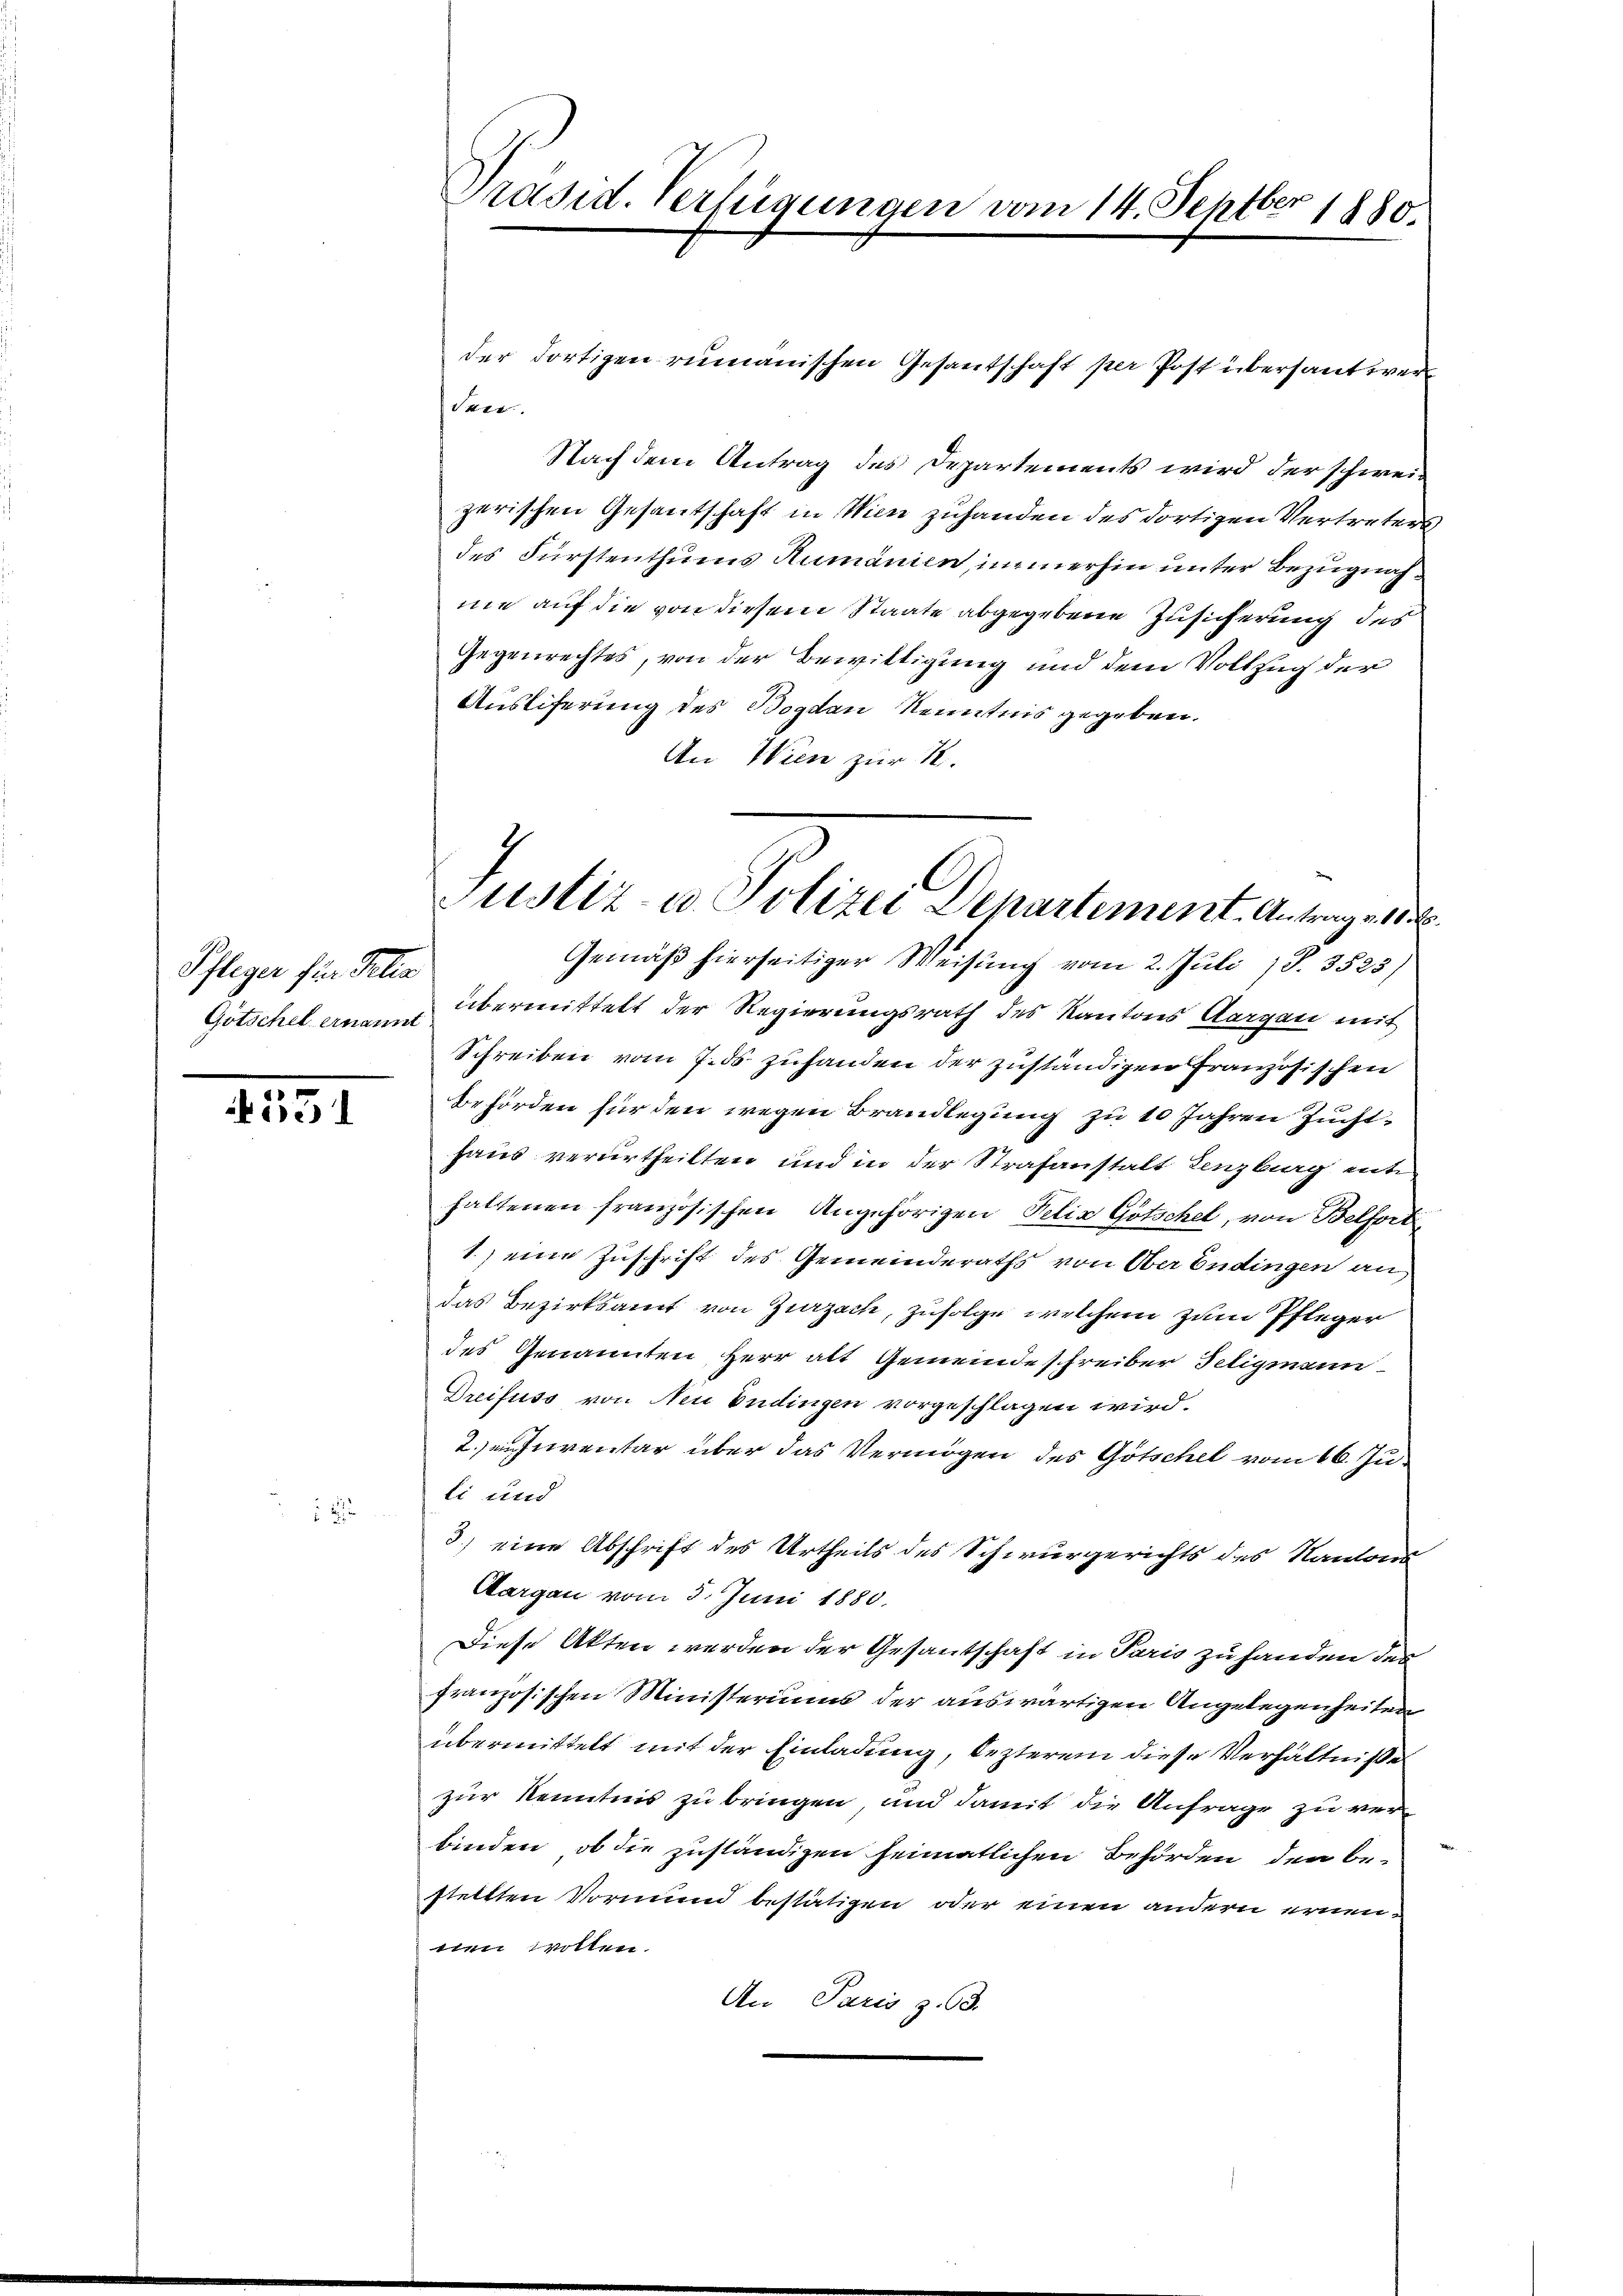
Pfleger für Jelis
Götschel ernannt

151

.

der dortigen rumänischen Gesantschaft per Post übersant wer¬
Seer
Nach dem Antrag des Departements wird der schweizerischen Gesantschaft in Wien zuhanden des dortigen Vertreters
des Fürstenthums Rumänien, immerhin unter Bezugnahme auf die von diesem Staate abgegebene Zusicherung des
Gegenrechtes, von der Bewittigung und dem Vollzug der
Ausliferung des Boden Kenntnis gegeben.
An Wien zur R.
Gemäß hierseitiger Weisung vom 2. Juli 18. 3523)
übermittelt der Regierungsrath des Kantons Aargau mit
Schreiben vom 7. ds zuhanden der zuständigen Französischen
Behörden für den wegen Brandlegung zu 10 Jahren Zuchthaus verurtheilten und in der Strafanstalt Lenzburg ent
hattenen französischen Angehörigen Pelix Götschel, von Belfort
1.) eine Zuschrift des Gemeinderaths von Ober Endingen an
das Bezirksamt von Zurzach, zufolge welchem zum Pfleger
des Genannten Herr alt Gemeindeschreiber Teigmann
Dreifuss von Neu Endingen vorgeschlagen wird.
2.ensiventar über das Vermögen des Götschel vom 16. Juli und
3.) eine Abschrift des Urtheils des Schwurgerichts des Kantons¬
Aargau vom 5. Juni 1880.
Diese Akten werden der Gesantschaft in Paris zu handen des
französischen Ministeriums der auswärtigen Angelegenheiten
übermittelt mit der Einladung, lezterem diese Verhältniße
zur Kenntnis zu bringen, und damit die Anfrage zu verbinden, ob die zuständigen heimatlichen Behörden den be-
stellten Vormund bestätigen oder einen andern ernenden wollen.
An Paris z. 63.

Präsid. Verfügungen vom 14. Septber 1880.

Justiz- u. Polizei Departement. Antrag v. 18.